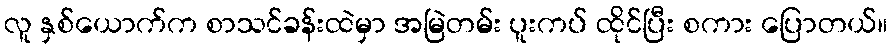
လူ နှစ်ယောက်က စာသင်ခန်းထဲမှာ အမြဲတမ်း ပူးကပ် ထိုင်ပြီး စကား ပြောတယ်။